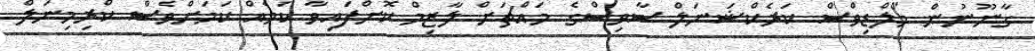
ގާނޫނުން މޯލްޑިވްސް ކަރެކްޝަނަލް ސާވިސްގެ މައްޗަށް ލާޒިމް ކޮށްފައިވާ ކަމެއް ކަަމަށްވެސް ކްރިމިނަލް